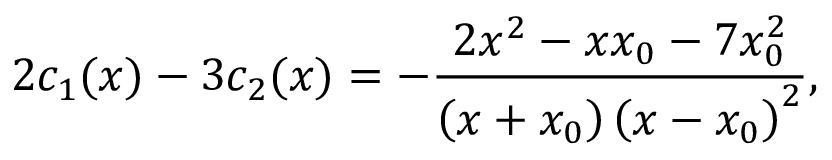
2 c _ { 1 } ( x ) - 3 c _ { 2 } ( x ) = \allowbreak - \frac { 2 x ^ { 2 } - x x _ { 0 } - 7 x _ { 0 } ^ { 2 } } { \left( x + x _ { 0 } \right) \left( x - x _ { 0 } \right) ^ { 2 } } ,